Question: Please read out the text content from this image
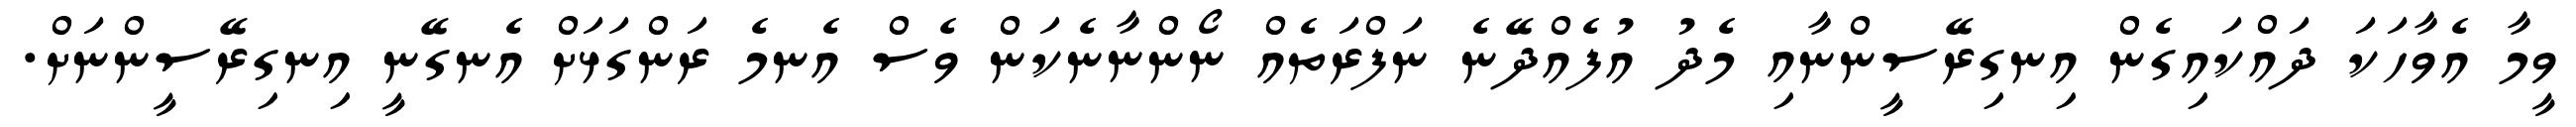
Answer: ވީމާ އެވާހަކަ ދައްކައިގެން އިނގިރޭސީންނާއި މެދު އުފެއްދޭނެ ނަފްރަތެއް ނޯންނާނެކަން ވެސް އެނމެ ރަންގަޅަށް އެނގޭނީ އިނގިރޭސީންނަށް.